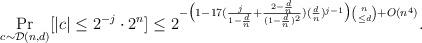
LaTeX: \begin{align*} \Pr_{c\sim\mathcal{D}(n,d)}[|c|\leq 2^{-j}\cdot 2^n]&\leq2^{-\big( 1-17(\frac{j}{1-\frac{d}{n}}+\frac{2-\frac{d}{n}}{(1-\frac{d}{n})^2})(\frac{d}{n})^{j-1} \big)\binom{n}{\leq d} + O(n^4)}.\end{align*}